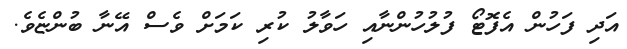
އަދި ފަހުން އެފޮޓޯ ފުލުހުންނާއި ހަވާލު ކުރި ކަމަށް ވެސް އޭނާ ބުންޏެވެ.